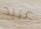
عبيد